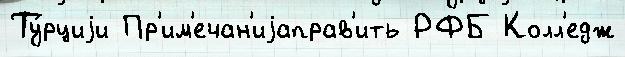
Ту́рциjи Пр'им'ечан'иjаправ'ить РФБ Колл'едж